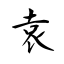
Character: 袁